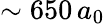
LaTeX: \sim 650\, a_{0}